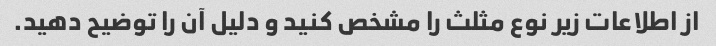
از اطلاعات زیر نوع مثلث را مشخص کنید و دلیل آن را توضیح دهید.